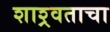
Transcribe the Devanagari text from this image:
शाश्र्वताचा